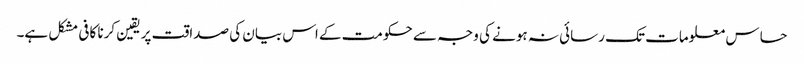
حساس معلومات تک رسائی نہ ہونے کی وجہ سے حکومت کے اس بیان کی صداقت پر یقین کرنا کافی مشکل ہے۔